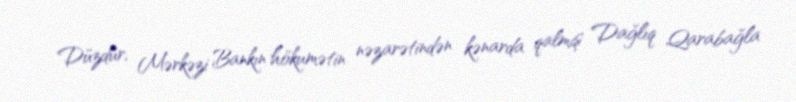
Düzdür, Mərkəzi Bankın hökumətin nəzarətindən kənarda qalmış Dağlıq Qarabağla